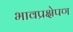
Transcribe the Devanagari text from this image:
भावप्रक्षेपण